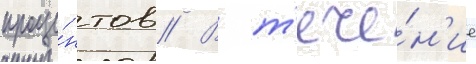
проце́нтов // В т'ече́н'ие